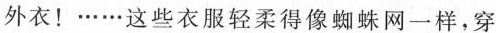
外衣！……这些衣服轻柔得像蜘蛛网一样，穿